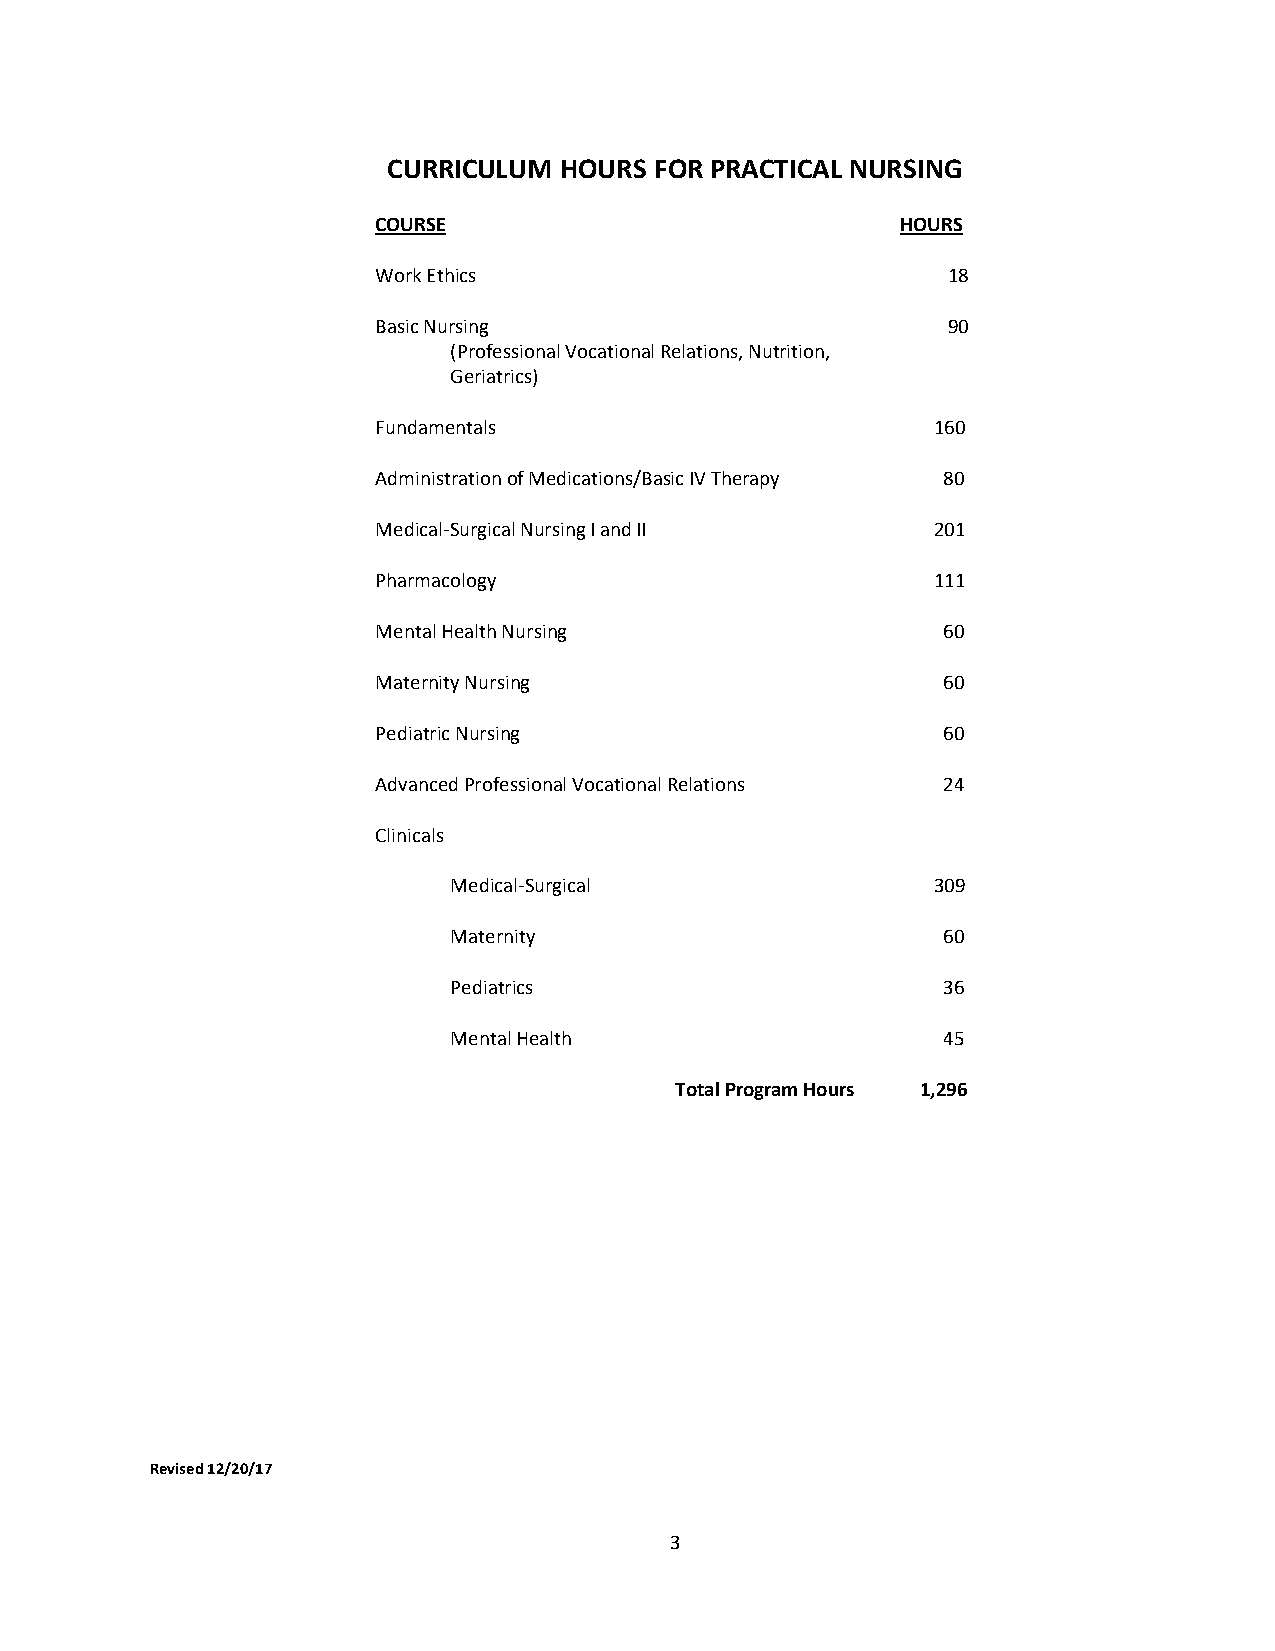
CURRICULUM HOURS FOR PRACTICAL NURSING
 COURSE                             HOURS
 Work Ethics                           18
 Basic Nursing                         90
 (Professional Vocational Relations, Nutrition,
 Geriatrics)
 Fundamentals                         160
 Administration of Medications/Basic IV Therapy 80
 Medical-Surgical Nursing I and II    201
 Pharmacology                         111
 Mental Health Nursing                60
 Maternity Nursing                    60
 Pediatric Nursing                    60
 Advanced Professional Vocational Relations 24
 Clinicals
 Medical-Surgical                309
 Maternity                       60
 Pediatrics                      36
 Mental Health                   45
 Total Program Hours 1,296
 Revised 12/20/17
 3